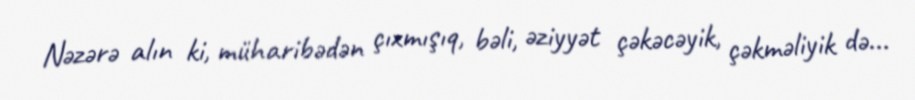
Nəzərə alın ki, müharibədən çıxmışıq, bəli, əziyyət çəkəcəyik, çəkməliyik də...